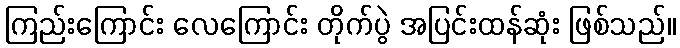
ကြည်းကြောင်း လေကြောင်း တိုက်ပွဲ အပြင်းထန်ဆုံး ဖြစ်သည်။